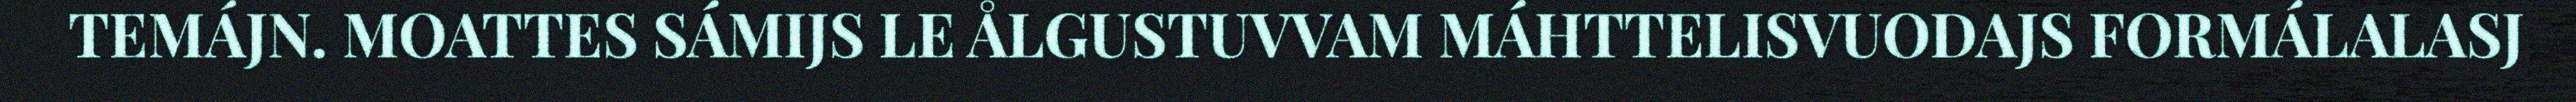
TEMÁJN. MOATTES SÁMIJS LE ÅLGUSTUVVAM MÁHTTELISVUODAJS FORMÁLALASJ